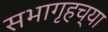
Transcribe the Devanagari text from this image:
सभागृहच्या